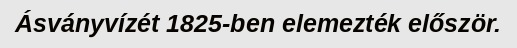
Ásványvízét 1825-ben elemezték először.